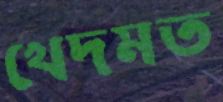
খেদমত